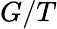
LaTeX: G/T